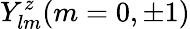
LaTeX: Y_{lm}^{z}(m=0,\pm{1})